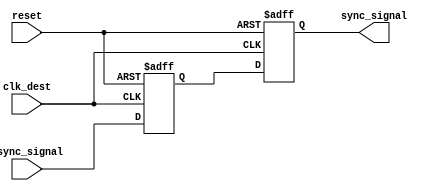
module signal_level_crossing_synchronizer (
    input wire async_signal,    // Asynchronous input signal
    input wire clk_dest,        // Clock signal for the destination domain
    input wire reset,           // Asynchronous reset signal
    output reg sync_signal       // Synchronized output signal
);

    // Internal signals for the two-stage flip-flop
    reg ff1_out;               // Output of the first flip-flop

    // First Stage Flip-Flop (FF1)
    always @(posedge clk_dest or posedge reset) begin
        if (reset) begin
            ff1_out <= 1'b0;   // Reset state
        end else begin
            ff1_out <= async_signal; // Capture async_signal
        end
    end

    // Second Stage Flip-Flop (FF2)
    always @(posedge clk_dest or posedge reset) begin
        if (reset) begin
            sync_signal <= 1'b0; // Reset state
        end else begin
            sync_signal <= ff1_out; // Capture output of FF1
        end
    end

endmodule